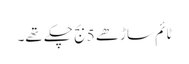
ٹائم ساڑھے 5 بج چکے تھے۔